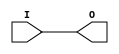
module IBUF_LVDCI_DV2_33 (O, I);

    output O;

    input  I;

	buf B1 (O, I);


endmodule